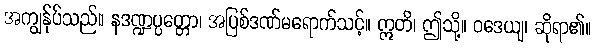
အကျွန်ုပ်သည်။ နဒဏ္ဍပ္ပတ္တော၊ အပြစ်ဒဏ်မရောက်သင့်။ ဣတိ၊ ဤသို့။ ဝဒေယျ၊ ဆိုရာ၏။